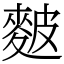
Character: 麬